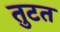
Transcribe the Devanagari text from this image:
तुटत